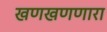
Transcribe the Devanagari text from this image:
खणखणणारा